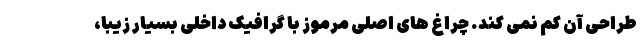
طراحی آن کم نمی کند. چراغ های اصلی مرموز با گرافیک داخلی بسیار زیبا،